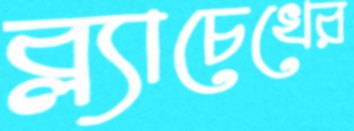
ব্ল্যাচেখের